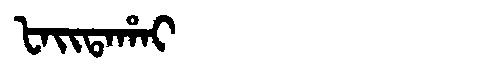
Manchu: ᡶᠠᡳᡨᠠᡥᠠᡳ
Romanization: FAITAHAI